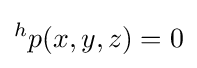
^{h}p(x,y,z)=0